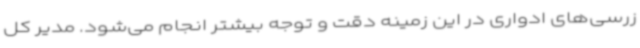
زرسی‌های ادواری در این زمینه دقت و توجه بیشتر انجام می‌شود. مدیر کل